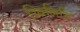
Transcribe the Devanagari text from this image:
थ्बिलिसि